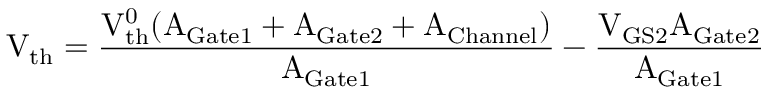
\mathrm { V _ { t h } } = \frac { \mathrm { V _ { t h } ^ { 0 } } ( \mathrm { A _ { G a t e 1 } + A _ { G a t e 2 } + A _ { C h a n n e l } ) } } { \mathrm { A _ { G a t e 1 } } } - \frac { \mathrm { V _ { G S 2 } A _ { G a t e 2 } } } { \mathrm { A _ { G a t e 1 } } }